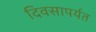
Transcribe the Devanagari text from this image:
दिवसापर्यत